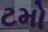
ટમો